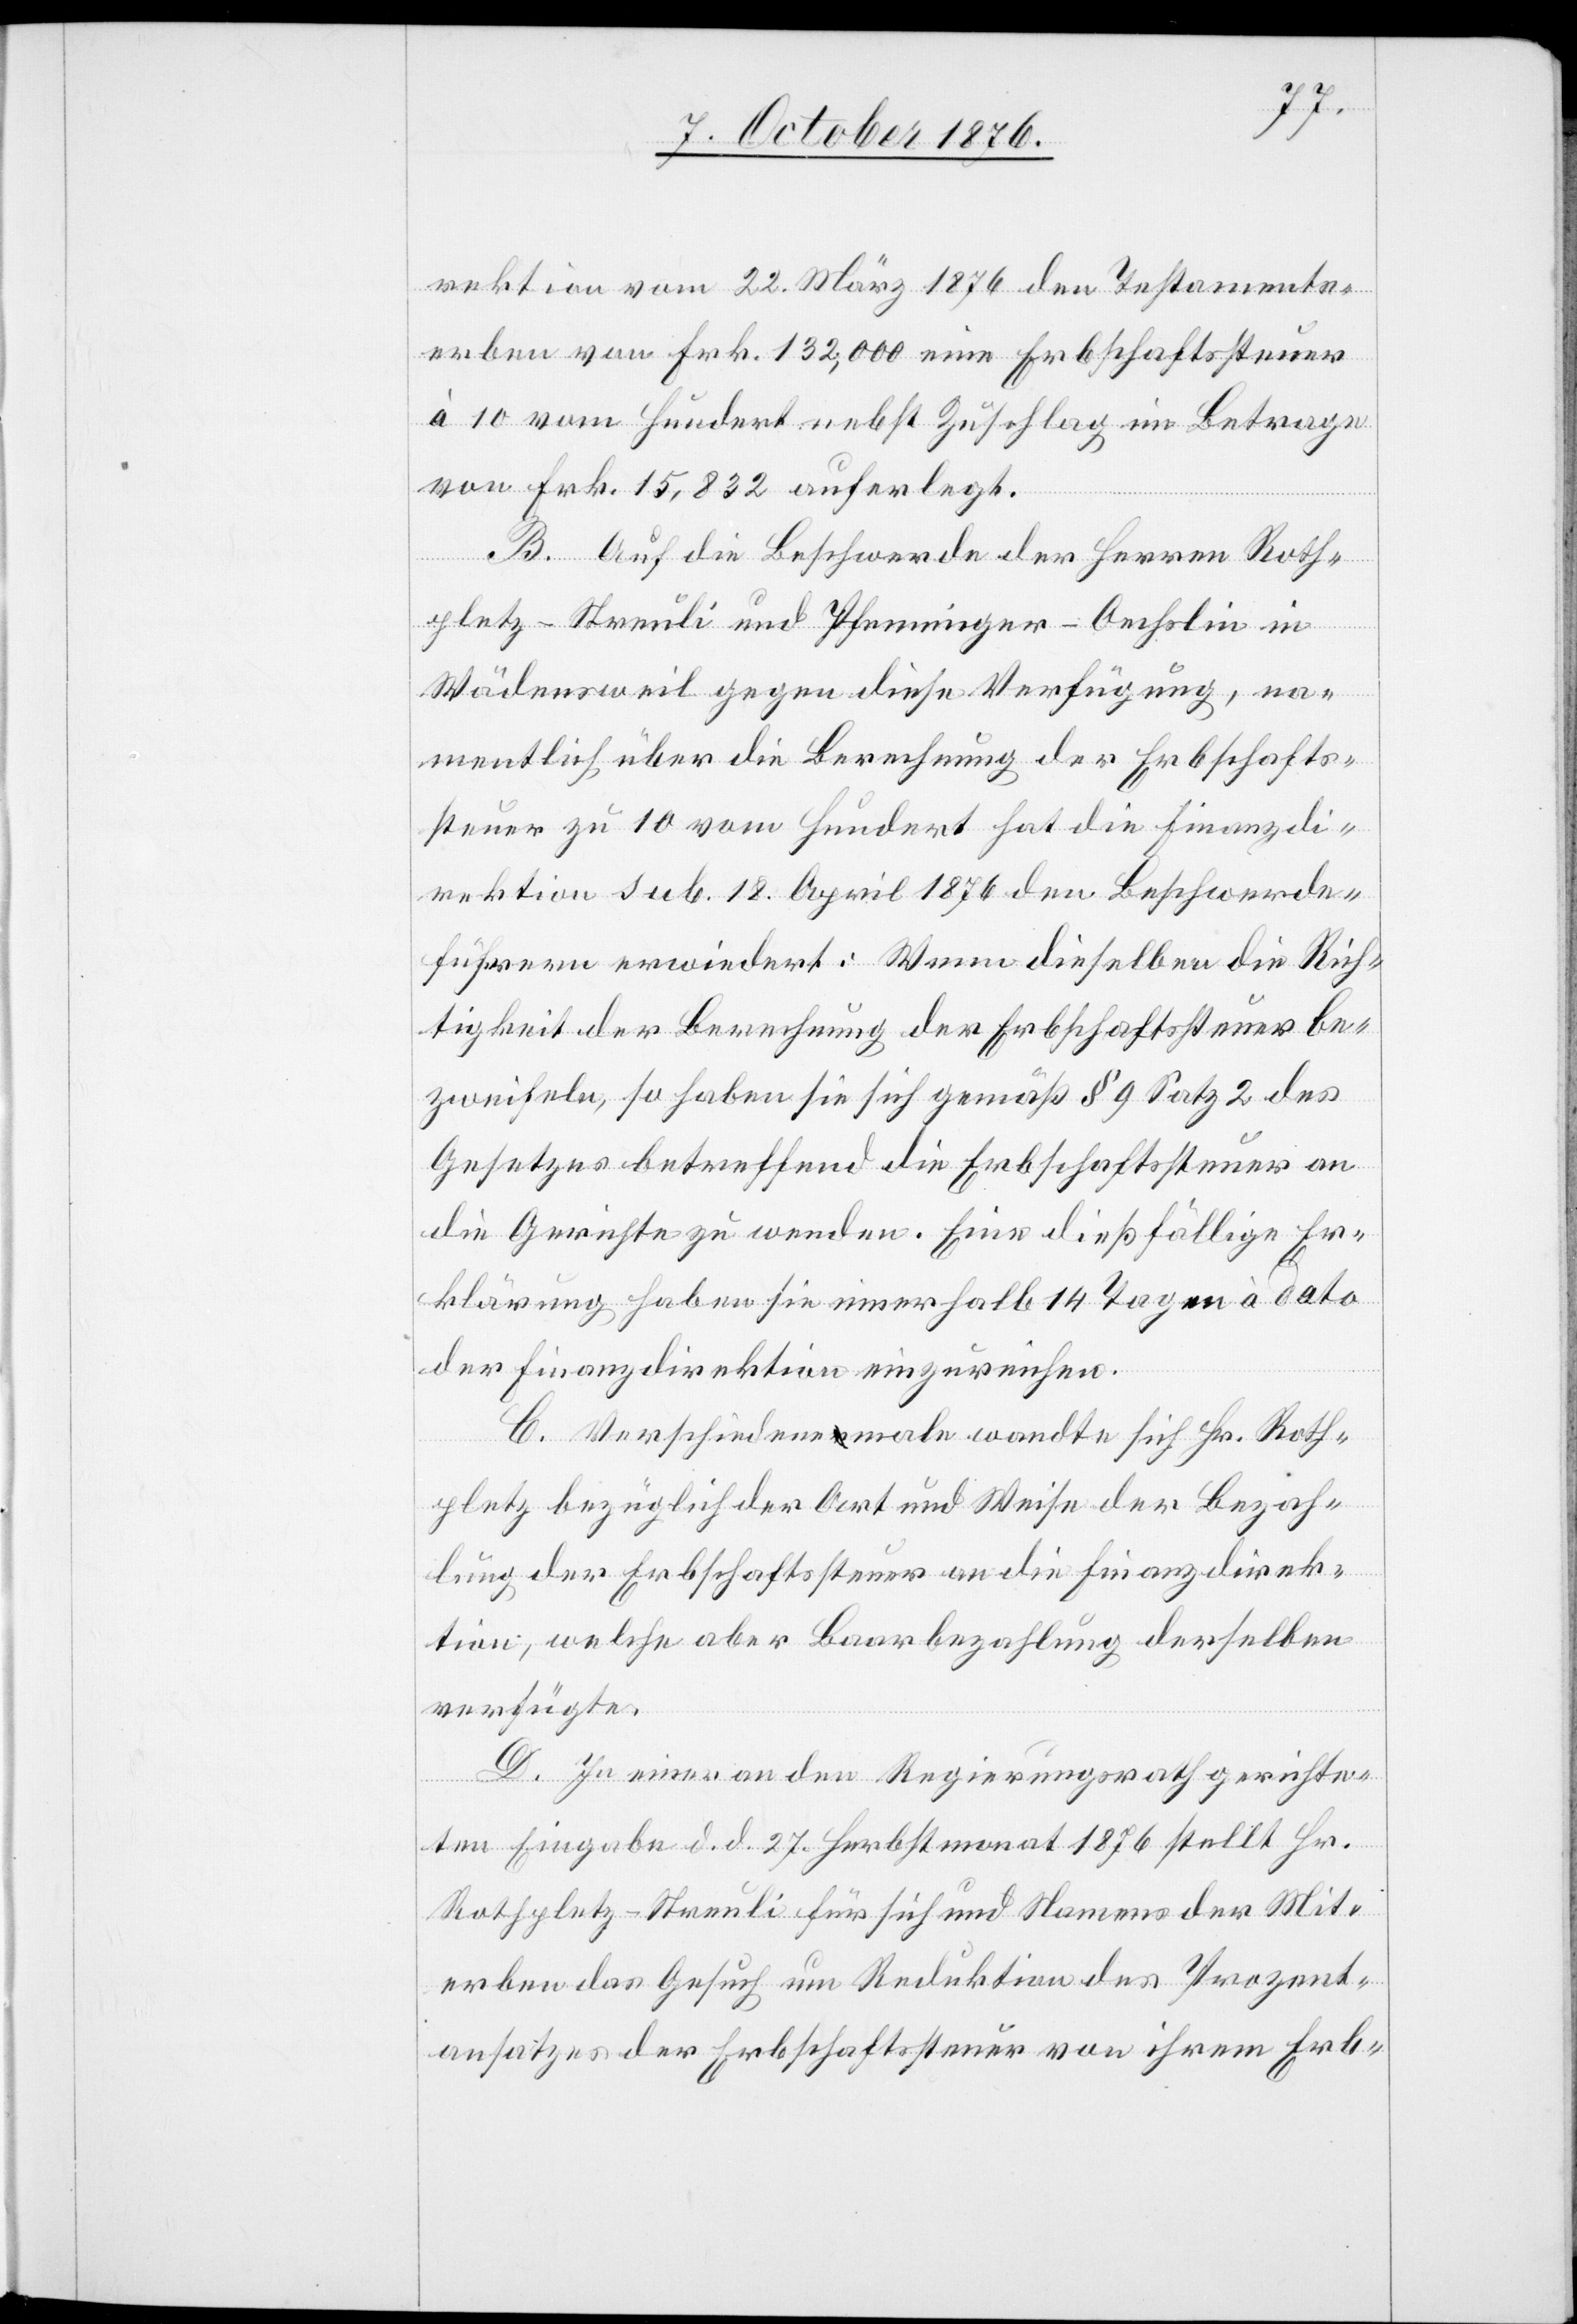
rektion vom 22. März 1876 den Testament¬
erben von Frk. 132,000 eine Erbschaftssteuer
à 10 vom Hundert nebst Zuschlag im Betrage
von Frk. 15,832 auferlegt.
B. Auf die Beschwerde des Herrn Roth¬
pletz-Streuli und Pfenninger-Oechslin in
Wädensweil gegen diese Verfügung, na¬
mentlich über die Berechnung der Erbschafts¬
steuer zu 10 vom Hundert hat die Finanzdi¬
rektion sub. 18. April 1876 den Beschwerde¬
führern erwiedert: Wenn dieselben die Rich¬
tigkeit der Berechnung der Erbschaftssteuer be¬
zweifeln, so haben sie sich gemäß § 9 Satz 2 des
Gesetzes betreffend die Erbschaftssteuer an
die Gerichte zu wenden. Eine dießfällige Er¬
klärung haben sie innerhalb 14 Tagen à dato
der Finanzdirektion einzureichen.
C. Verschiedenemale wandte sich Hr. Roth¬
pletz bezüglich der Art und Weise der Bezah¬
lung der Erbschaftssteuer an die Finanzdirek¬
tion, welche aber Baarbezahlung derselben
verfügte.
D. In einer an den Regierungsrath gerichte¬
ten Eingabe d. d. 27. Herbstmonat 1876 stellt Hr.
Rothpletz-Streuli für sich und Namens der Mit¬
erben das Gesuch um Reduktion des Prozent¬
ansatzes der Erbschaftssteuer von ihrem Erb-